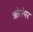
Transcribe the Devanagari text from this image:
छोरोंपर